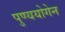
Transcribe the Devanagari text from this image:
पुण्ययोगेन